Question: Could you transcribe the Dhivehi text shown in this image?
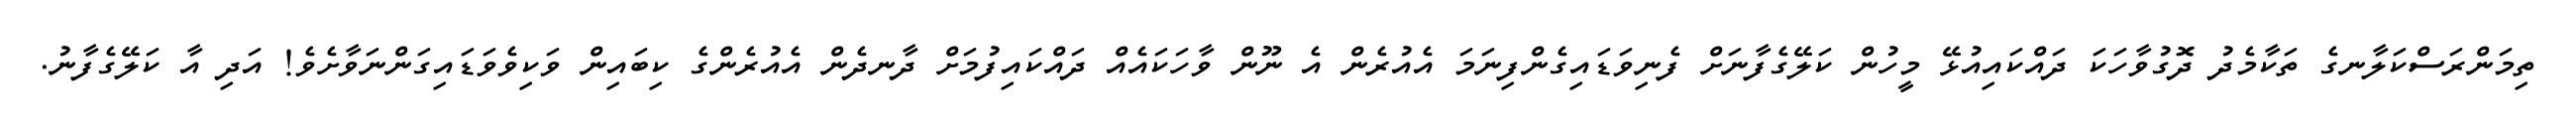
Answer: ތިމަންރަސްކަލާނގެ ތަކާމެދު ދޮގުވާހަކަ ދައްކައިއުޅޭ މީހުން ކަލޭގެފާނަށް ފެނިވަޑައިގެންފިނަމަ އެއުރެން އެ ނޫން ވާހަކައެއް ދައްކައިފުމަށް ދާނދެން އެއުރެންގެ ކިބައިން ވަކިވެވަޑައިގަންނަވާށެވެ! އަދި އާ ކަލޭގެފާނު.